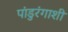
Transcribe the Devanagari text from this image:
पांडुरंगाशी